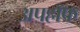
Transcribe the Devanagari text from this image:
अपहॉफ